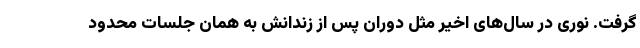
گرفت. نوری در سال‌های اخیر مثل دوران پس از زندانش به همان جلسات محدود